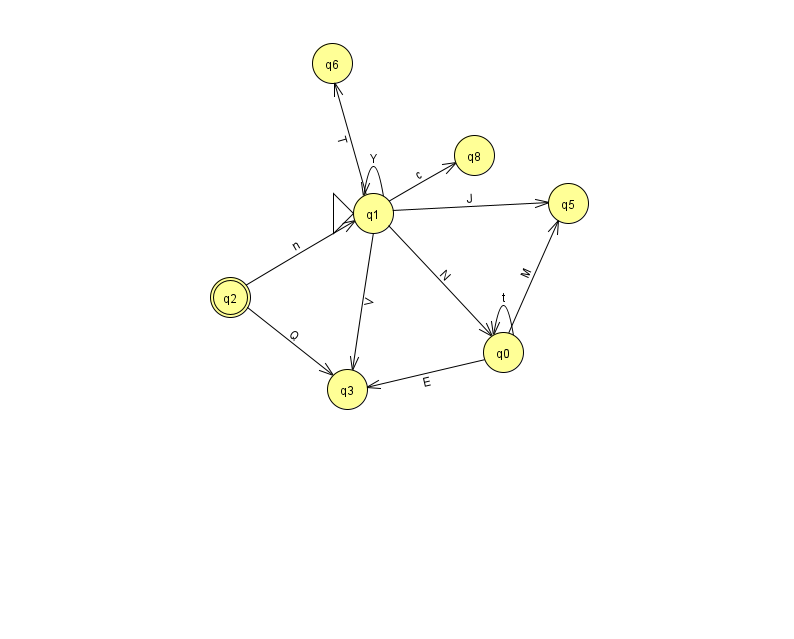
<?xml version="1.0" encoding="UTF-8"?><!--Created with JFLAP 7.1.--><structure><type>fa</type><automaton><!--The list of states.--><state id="0" name="q0"><x>503.0</x><y>339.0</y></state><state id="1" name="q1"><x>373.0</x><y>200.0</y><initial/></state><state id="2" name="q2"><x>230.0</x><y>284.0</y><final/></state><state id="3" name="q3"><x>347.0</x><y>376.0</y></state><state id="5" name="q5"><x>568.0</x><y>190.0</y></state><state id="6" name="q6"><x>332.0</x><y>50.0</y></state><state id="8" name="q8"><x>474.0</x><y>142.0</y></state><!--The list of transitions.--><transition><from>2</from><to>1</to><read>n</read></transition><transition><from>0</from><to>0</to><read>t</read></transition><transition><from>1</from><to>8</to><read>c</read></transition><transition><from>1</from><to>0</to><read>N</read></transition><transition><from>1</from><to>3</to><read>V</read></transition><transition><from>1</from><to>6</to><read>T</read></transition><transition><from>0</from><to>5</to><read>M</read></transition><transition><from>1</from><to>1</to><read>Y</read></transition><transition><from>1</from><to>5</to><read>J</read></transition><transition><from>0</from><to>3</to><read>E</read></transition><transition><from>2</from><to>3</to><read>Q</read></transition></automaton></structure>